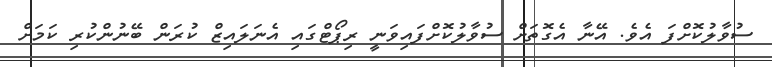
ސުވާލުކޮށްފަ އެވެ. އޭނާ އެގޮތަށް ސުވާލުކޮށްފައިވަނީ ރިޕޯޓްގައި އެނަލައިޒް ކުރަން ބޭނުންކުރި ކަމަށް